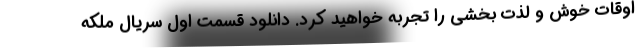
اوقات خوش و لذت بخشی را تجربه خواهید کرد. دانلود قسمت اول سریال ملکه